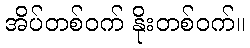
အိပ်တစ်ဝက် နိုးတစ်ဝက်။